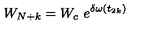
W _ { N + k } = W _ { c } \ e ^ { \delta \omega ( t _ { 2 k } ) }